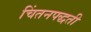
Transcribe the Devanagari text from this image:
चिंतनपद्धती